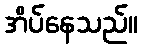
အိပ်နေသည်။